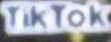
TikTok